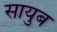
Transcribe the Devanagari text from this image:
सायुब